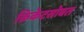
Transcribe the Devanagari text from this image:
क्रिकेटसोबत